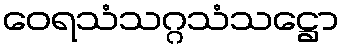
ဝေရသံသဂ္ဂသံသဋ္ဌော